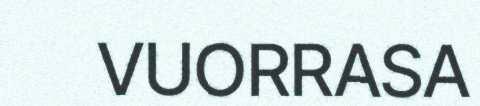
VUORRASA